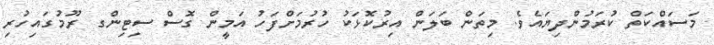
މަސައްކަތް ކުރަމުންދިޔައެވެ. މިތަން ބަލަން އިރުކޮޅަކު ހުރުމަށްފަހު އަމީން ގޮސް ސިޓިންގ ރޫމުގައިހުރި